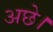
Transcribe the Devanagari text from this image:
अछे।